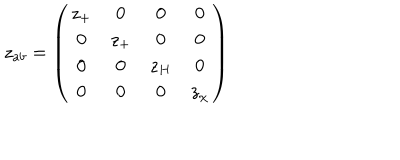
z _ { a b } = \left( \begin{array} { c c c c } { { z _ { + } } } & { { 0 } } & { { 0 } } & { { 0 } } \\ { { 0 } } & { { z _ { + } } } & { { 0 } } & { { 0 } } \\ { { 0 } } & { { 0 } } & { { z _ { H } } } & { { 0 } } \\ { { 0 } } & { { 0 } } & { { 0 } } & { { z _ { \chi } } } \\ \end{array} \right)